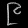
Digit: ၉